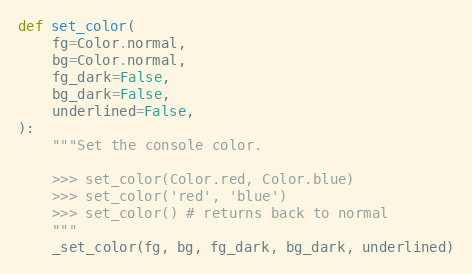
Language: Python
def set_color(
    fg=Color.normal,
    bg=Color.normal,
    fg_dark=False,
    bg_dark=False,
    underlined=False,
):
    """Set the console color.

    >>> set_color(Color.red, Color.blue)
    >>> set_color('red', 'blue')
    >>> set_color() # returns back to normal
    """
    _set_color(fg, bg, fg_dark, bg_dark, underlined)